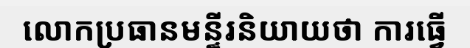
លោកប្រធានមន្ទីរនិយាយថា ការធ្វើ